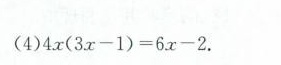
（4）$$4 x （ 3 x - 1 ） = 6 x - 2$$.